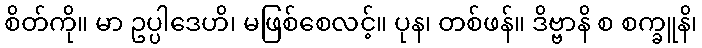
စိတ်ကို။ မာ ဥပ္ပါဒေဟိ၊ မဖြစ်စေလင့်။ ပုန၊ တစ်ဖန်။ ဒိဗ္ဗာနိ စ စက္ခူနိ၊